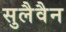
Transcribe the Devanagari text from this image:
सुलैवैन